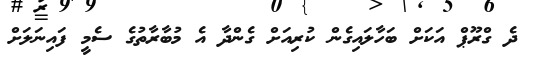
ދެ ގްރޫޕް އަކަށް ބަހާލައިގެން ކުރިއަށް ގެންދާ އެ މުބާރާތުގެ ސެމީ ފައިނަލަށް